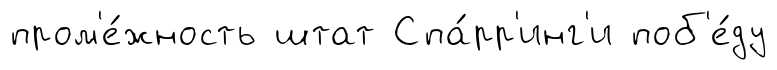
пром'е́жность штат Спа́рр'инг'и поб'е́ду